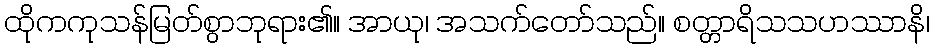
ထိုကကုသန်မြတ်စွာဘုရား၏။ အာယု၊ အသက်တော်သည်။ စတ္တာရိသသဟဿာနိ၊